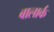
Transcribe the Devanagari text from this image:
बालार्क